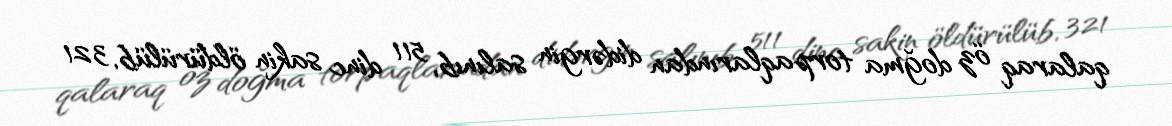
qalaraq öz doğma torpaqlarından didərgin salınıb, 511 dinc sakin öldürülüb, 321